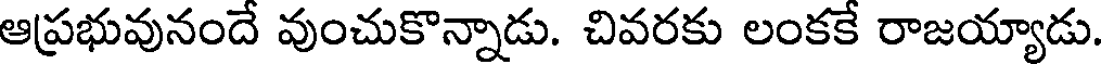
ఆప్రభువునందే వుంచుకొన్నాడు. చివరకు లంకకే రాజయ్యాడు.